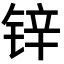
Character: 锌